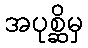
အပုစ္ဆိမှ